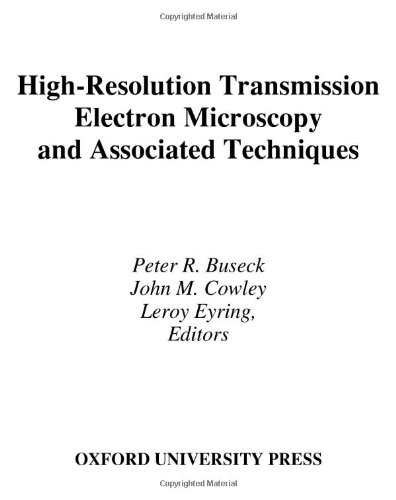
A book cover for High-Resolution Transmission Electron Microscopy: and Associated Techniques; Science & Math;